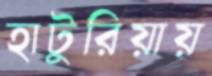
হাটুরিয়ায়